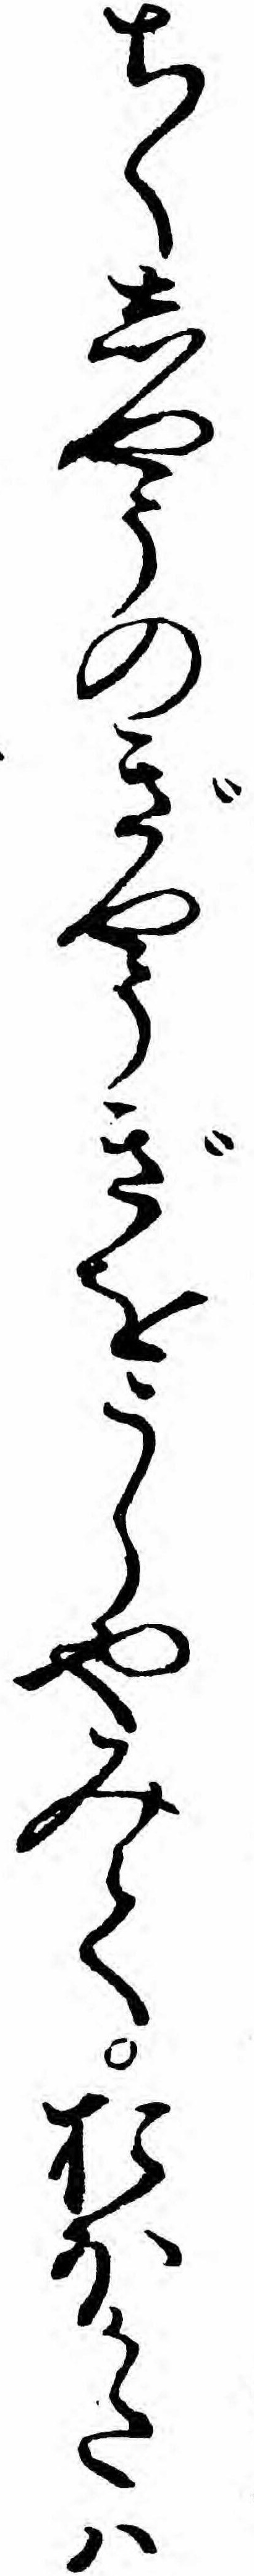
ちくしやうのぎやうぎをうらやみておほかたハ